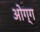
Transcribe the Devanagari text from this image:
ओग्ग